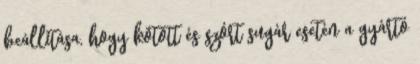
beállítása, hogy kötött és szórt sugár esetén a gyártó